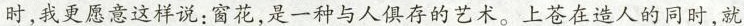
时，我更愿意这样说：窗花，是一种与人俱存的艺术。上苍在造人的同时，就